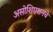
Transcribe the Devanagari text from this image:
असोशिएशनचे